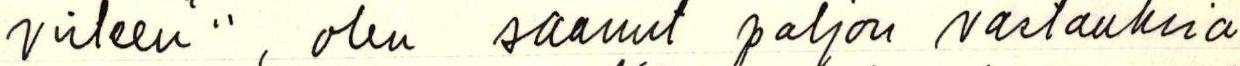
virteen".. , olen saanut paljon vastauksia